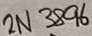
Text: 2N3896